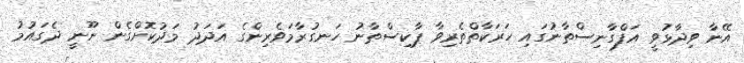
އޭނާ ވިދާޅުވީ އަފްގާނިސްތާނުގައި ހަރަކާތްތެރިވާ ޕާކިސްތާނު ހަނގުރާމަވެރިންގެ އަދަދު މަދުކޮށްގެން ނޫނީ ދެގައުމު